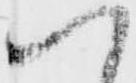
い